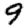
Digit: 9